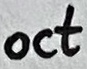
Text: oct